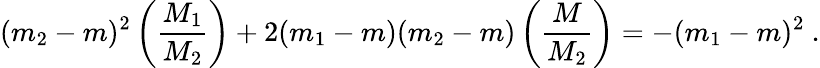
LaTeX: (m_{2}-m)^{2}\left(\frac{\displaystyle M_{1}}{\displaystyle M_{2}}\right)+2(m_{1}-m)(m_{2}-m)\left(\frac{\displaystyle M}{\displaystyle M_{2}}\right)=-(m_{1}-m)^{2}\ .